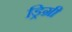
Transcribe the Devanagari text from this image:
ड्रिग्री